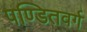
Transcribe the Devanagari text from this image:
पण्डितवर्ग